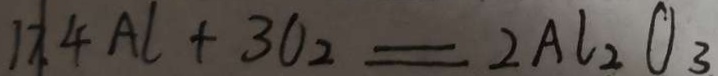
1 7 \vert . 4 A l + 3 O _ { 2 } = 2 A l _ { 2 } O _ { 3 }